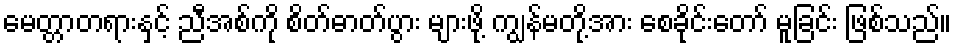
မေတ္တာတရားနှင့် ညီအစ်ကို စိတ်ဓာတ်ပွား များဖို့ ကျွန်မတို့အား စေခိုင်းတော် မူခြင်း ဖြစ်သည်။